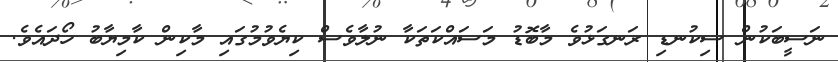
ނަސީބަކުން ސިކުނޑި ރަނގަޅުވެ މާބޮޑު މަސައްކަތަކާ ނުލާވެސް ކިޔެވުމުގައި މާކިން ކާމިޔާބު ހޯދައެވެ.